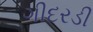
ગીદરડી